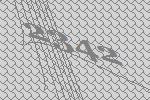
2342